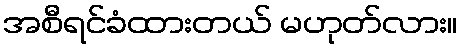
အစီရင်ခံထားတယ် မဟုတ်လား။